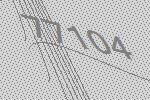
77104